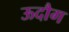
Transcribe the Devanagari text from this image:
ऊदौग